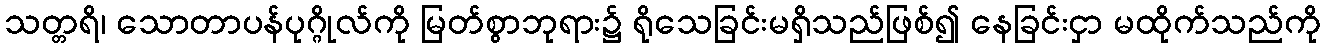
သတ္တရိ၊ သောတာပန်ပုဂ္ဂိုလ်ကို မြတ်စွာဘုရား၌ ရိုသေခြင်းမရှိသည်ဖြစ်၍ နေခြင်းငှာ မထိုက်သည်ကို